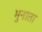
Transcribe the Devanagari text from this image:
भुनाता